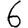
Digit: 6